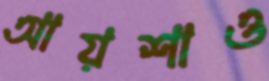
আয়শাও